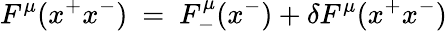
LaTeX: F^{\mu}(x^{+}x^{-})~=~F_{-}^{\mu}(x^{-})+\delta F^{\mu}(x^{+}x^{-})